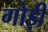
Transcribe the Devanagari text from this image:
गोड़ी